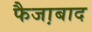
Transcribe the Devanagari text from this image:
फैजा़बाद